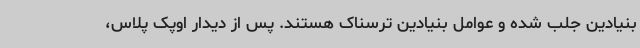
بنیادین جلب شده و عوامل بنیادین ترسناک هستند. پس از دیدار اوپک پلاس،